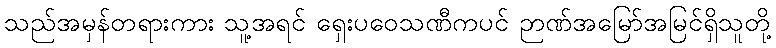
သည်အမှန်တရားကား သူ့အရင် ရှေးပဝေသဏီကပင် ဉာဏ်အမြော်အမြင်ရှိသူတို့